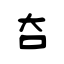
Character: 夻